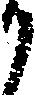
か